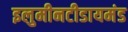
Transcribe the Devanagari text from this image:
इलुमीनटीडायमंड